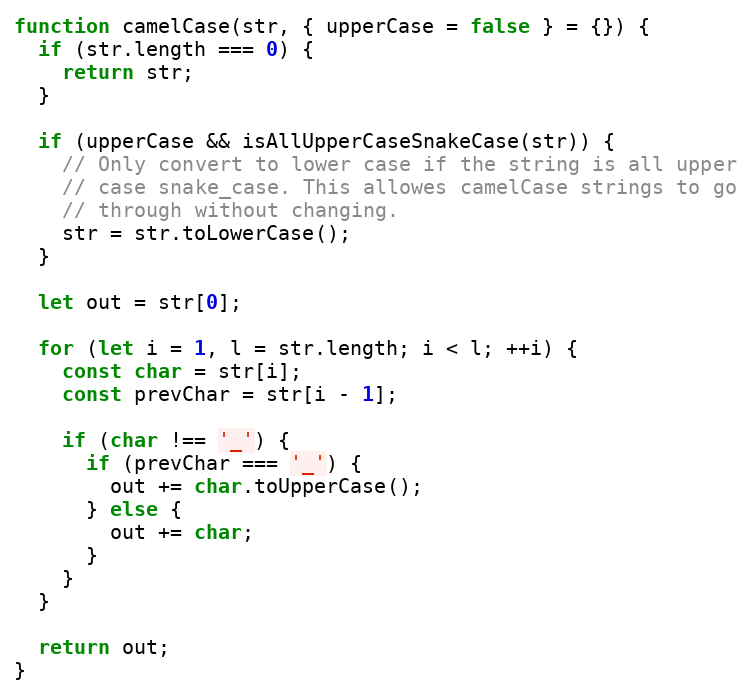
Language: JavaScript
function camelCase(str, { upperCase = false } = {}) {
  if (str.length === 0) {
    return str;
  }

  if (upperCase && isAllUpperCaseSnakeCase(str)) {
    // Only convert to lower case if the string is all upper
    // case snake_case. This allowes camelCase strings to go
    // through without changing.
    str = str.toLowerCase();
  }

  let out = str[0];

  for (let i = 1, l = str.length; i < l; ++i) {
    const char = str[i];
    const prevChar = str[i - 1];

    if (char !== '_') {
      if (prevChar === '_') {
        out += char.toUpperCase();
      } else {
        out += char;
      }
    }
  }

  return out;
}